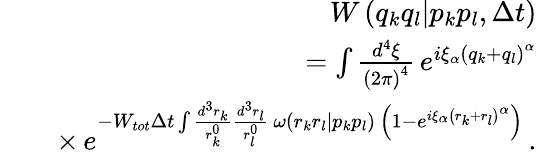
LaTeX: \begin{array}{rlr}&{}&{W\left(q_{k}q_{l}|p_{k}p_{l},\Delta t\right)}\\ &{}&{=\int\frac{d^{4}\xi}{\left(2\pi\right)^{4}}\, e^{i\xi_{\alpha}\left(q_{k}+q_{l}\right)^{\alpha}}}\\ &{}&{\times\, e^{-W_{tot}\Delta t\int\frac{d^{3}r_{k}}{r_{k}^{0}}\frac{d^{3}r_{l}}{r_{l}^{0}}\, \omega\left(r_{k}r_{l}|p_{k}p_{l}\right)\, \left(1-e^{i\xi_{\alpha}\left(r_{k}+r_{l}\right)^{\alpha}}\right)}\, .}\end{array}